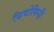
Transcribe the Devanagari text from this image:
सियोगिनी